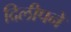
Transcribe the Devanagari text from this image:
दिलीपने